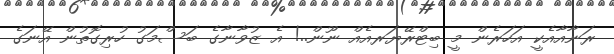
ރަނާއާއެކީ އަހަރެން މީ ބިޓްރޭޔަރއެއް ނޫން..! އެ ޒުވާނާގެ ބަސްމަގު ހުރިގޮތުން އޭނަގެ